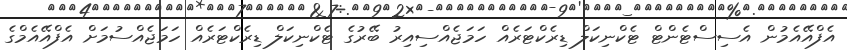
އެފްއޭއެމުން އެސިސްޓެންޓް ޓެކްނިކަލް ޑިރެކްޓަރެއް ހަމަޖެއްސިއިރު ބޭރުގެ ޓެކްނިކަލް ޑިރެކްޓަރެއް ހަމަޖެއްސުމަށް އެފްއޭއެމްގެ